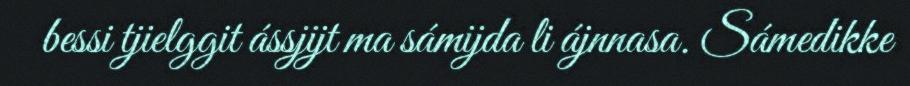
bessi tjielggit ássjijt ma sámijda li ájnnasa. Sámedikke